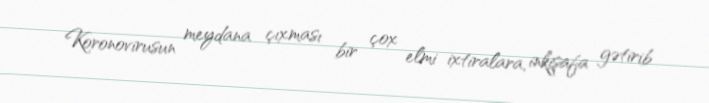
Koronovirusun meydana çıxması bir çox elmi ixtiralara, inkişafa gətirib